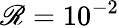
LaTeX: \mathscr{R}=10^{-2}